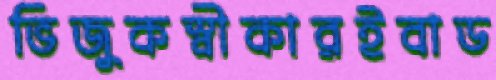
ভিজুকস্বীকারইবাড